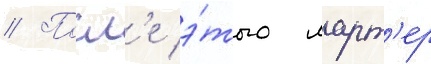
// Посл'е э́того ларт'ер